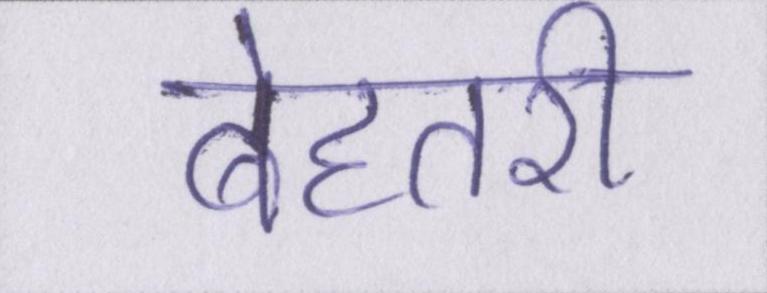
बेहतरी